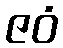
ဇဝံ